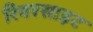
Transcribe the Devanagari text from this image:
रिवरसाइट